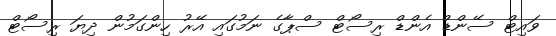
ވައިޓް ސޭންޑް އެންޑް ރިސޯޓް ސްޕާގެ ނަމުގައި އޭރު ހިންގަމުން ދިޔަ ރިސޯޓް